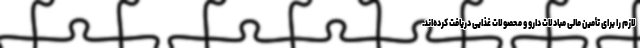
لازم را برای تأمین مالی مبادلات دارو و محصولات غذایی دریافت کرده‌اند.